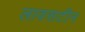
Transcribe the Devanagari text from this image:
लावसटीन